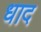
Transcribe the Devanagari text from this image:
धाद